Civil Veterinary Department Bihar & Orissa reports 1929-36 - 1929-1936
Year: 1929
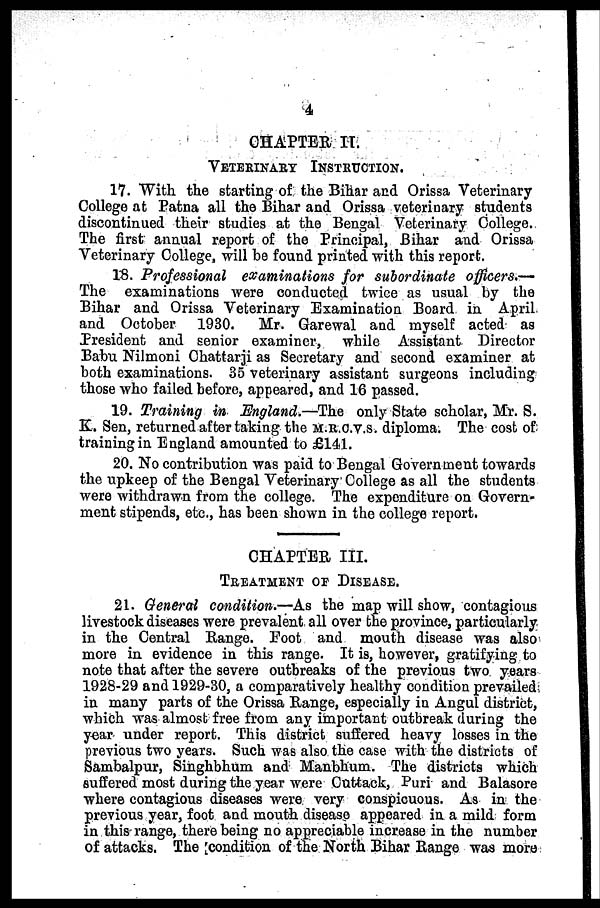
4
CHAPTER II.
VETERINARY INSTRUCTION.
17. With the starting of the Bihar and Orissa Veterinary
College at Patna all the Bihar and Orissa veterinary students
discontinued their studies at the Bengal Veterinary College.
The first annual report of the Principal, Bihar and Orissa
Veterinary College, will be found printed with this report.
18. Professional examinations for subordinate officers.—
The examinations were conducted twice as usual by the
Bihar and Orissa Veterinary Examination Board in April
and October 1930. Mr. Garewal and myself acted as
President and senior examiner, while Assistant Director
Babu Nilmoni Chattarji as Secretary and second examiner at
both examinations. 35 veterinary assistant surgeons including
those who failed before, appeared, and 16 passed.
19. Training in England.—The only State scholar, Mr. S.
K. Sen, returned after taking the M.R.C.V.S. diploma. The cost of
training in England amounted to £141.
20. No contribution was paid to Bengal Government towards
the upkeep of the Bengal Veterinary College as all the students
were withdrawn from the college. The expenditure on Govern-
ment stipends, etc., has been shown in the college report.
CHAPTER III.
TTREATMENT OF DISEASE.
21. General condition.—As the map will show, contagious
livestock diseases were prevalent all over the province, particularly
in the Central Range. Poot and mouth disease was also
more in evidence in this range. It is, however, gratifying to
note that after the severe outbreaks of the previous two years
1928-29 and 1929-30, a comparatively healthy condition prevailed
in many parts of the Orissa Range, especially in Angul district,
which was almost free from any important outbreak during the
year under report. This district suffered heavy losses in the
previous two years. Such was also the case with the districts of
Sambalpur, Singhbhum and Manbhum. The districts which
suffered most during the year were Cuttack, Puri and Balasore
where contagious diseases were very conspicuous. As in the
previous year, foot and mouth disease appeared in a mild form
in this range, there being no appreciable increase in the number
of attacks. The condition of the North Bihar Range was more